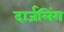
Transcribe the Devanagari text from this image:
दार्जलिंग